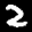
Label: 2